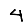
Digit: 4